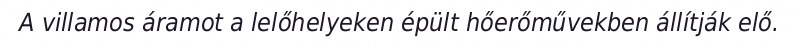
A villamos áramot a lelőhelyeken épült hőerőművekben állítják elő.